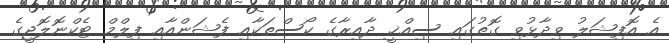
އެ އޮފިޝަލު ވިދާޅުވި ގޮތުގައި ސިއްޚީ ދާއިރާގެ ކޯސްތަކާއި ފެޝަންއާއި ފިލްމް ޓެކްނޮލޮޖީގެ